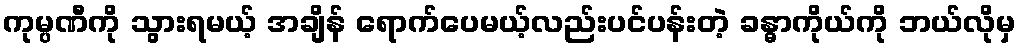
ကုမ္ပဏီကို သွားရမယ့် အချိန် ရောက်ပေမယ့်လည်းပင်ပန်းတဲ့ ခန္ဓာကိုယ်ကို ဘယ်လိုမှ